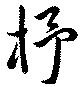
杼